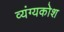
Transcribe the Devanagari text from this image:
व्यंग्यकोश